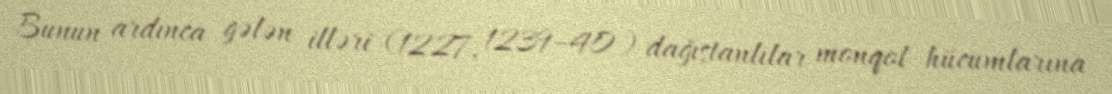
Bunun ardınca gələn illəri (1227, 1239–40) dağıstanlılar monqol hücumlarına